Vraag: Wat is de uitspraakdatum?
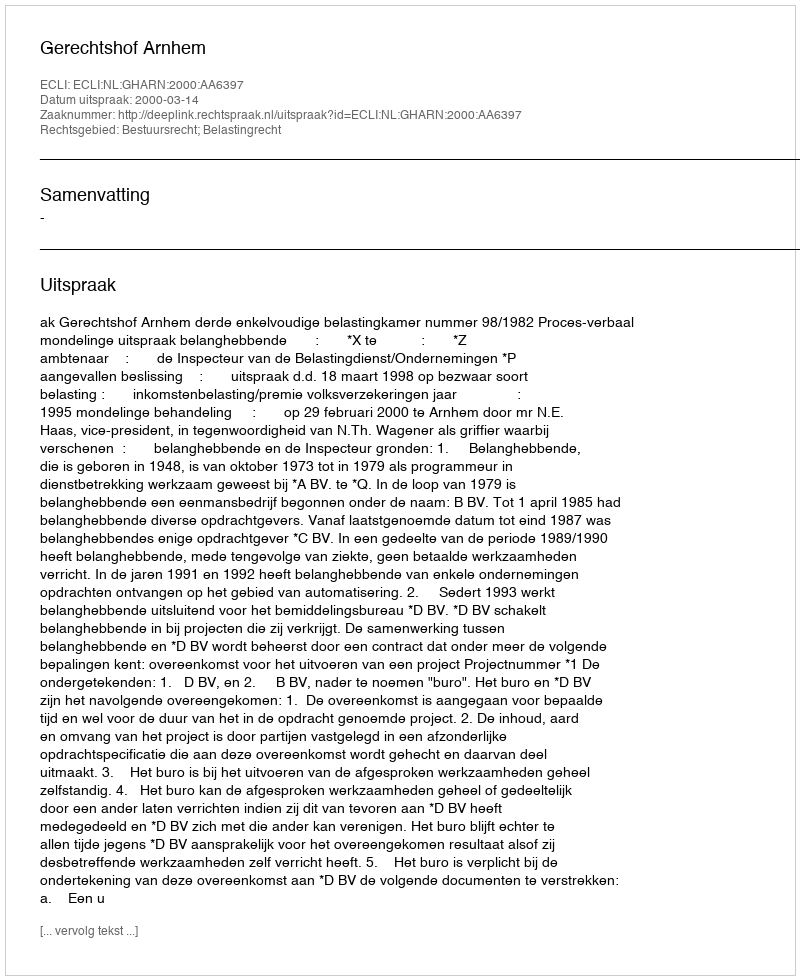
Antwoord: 2000-03-14